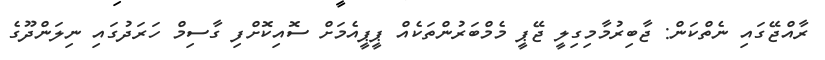
ރާއްޖޭގައި ނެތްކަން: ޖާބިރުމާމިގިލީ ޖޭޕީ މެމްބަރުންތަކެއް ޕީޕީއެމަށް ސޮއިކޮށްފި ގާސިމް ހަރަދުގައި ނިލަންދޫގެ